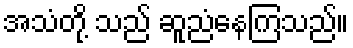
အသံတို့ သည် ဆူညံနေကြသည်။